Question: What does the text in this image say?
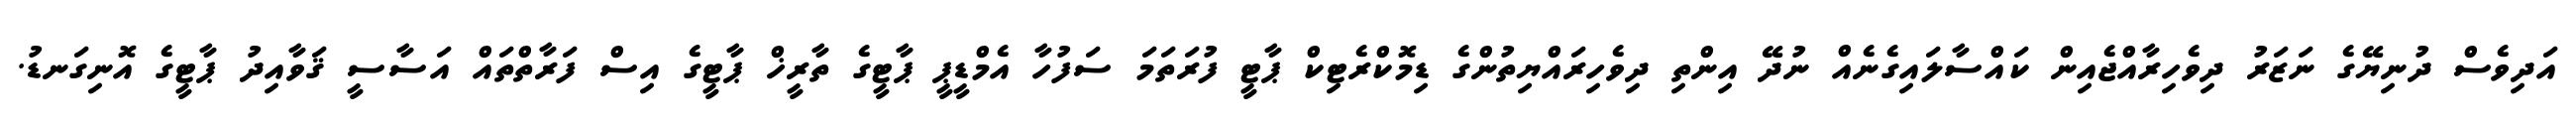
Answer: އަދިވެސް ދުނިޔޭގެ ނަޒަރު ދިވެހިރާއްޖެއިން ކައްސާލައިގެނެއް ނުދޭ އިންތި ދިވެހިރައްޔިތުންގެ ޑިމޮކްރެޓިކް ޕާޓީ ފުރަތަމަ ސަފުހާ އެމްޑީޕީ ޕާޓީގެ ތާރީޚް ޕާޓީގެ އިސް ފަރާތްތައް އަސާސީ ޤަވާއިދު ޕާޓީގެ އޮނިގަނޑު.